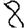
Digit: 8